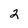
Character: 2